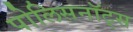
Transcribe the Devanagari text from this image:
पोलिसनॉट्स